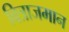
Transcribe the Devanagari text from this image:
बित्राजमान